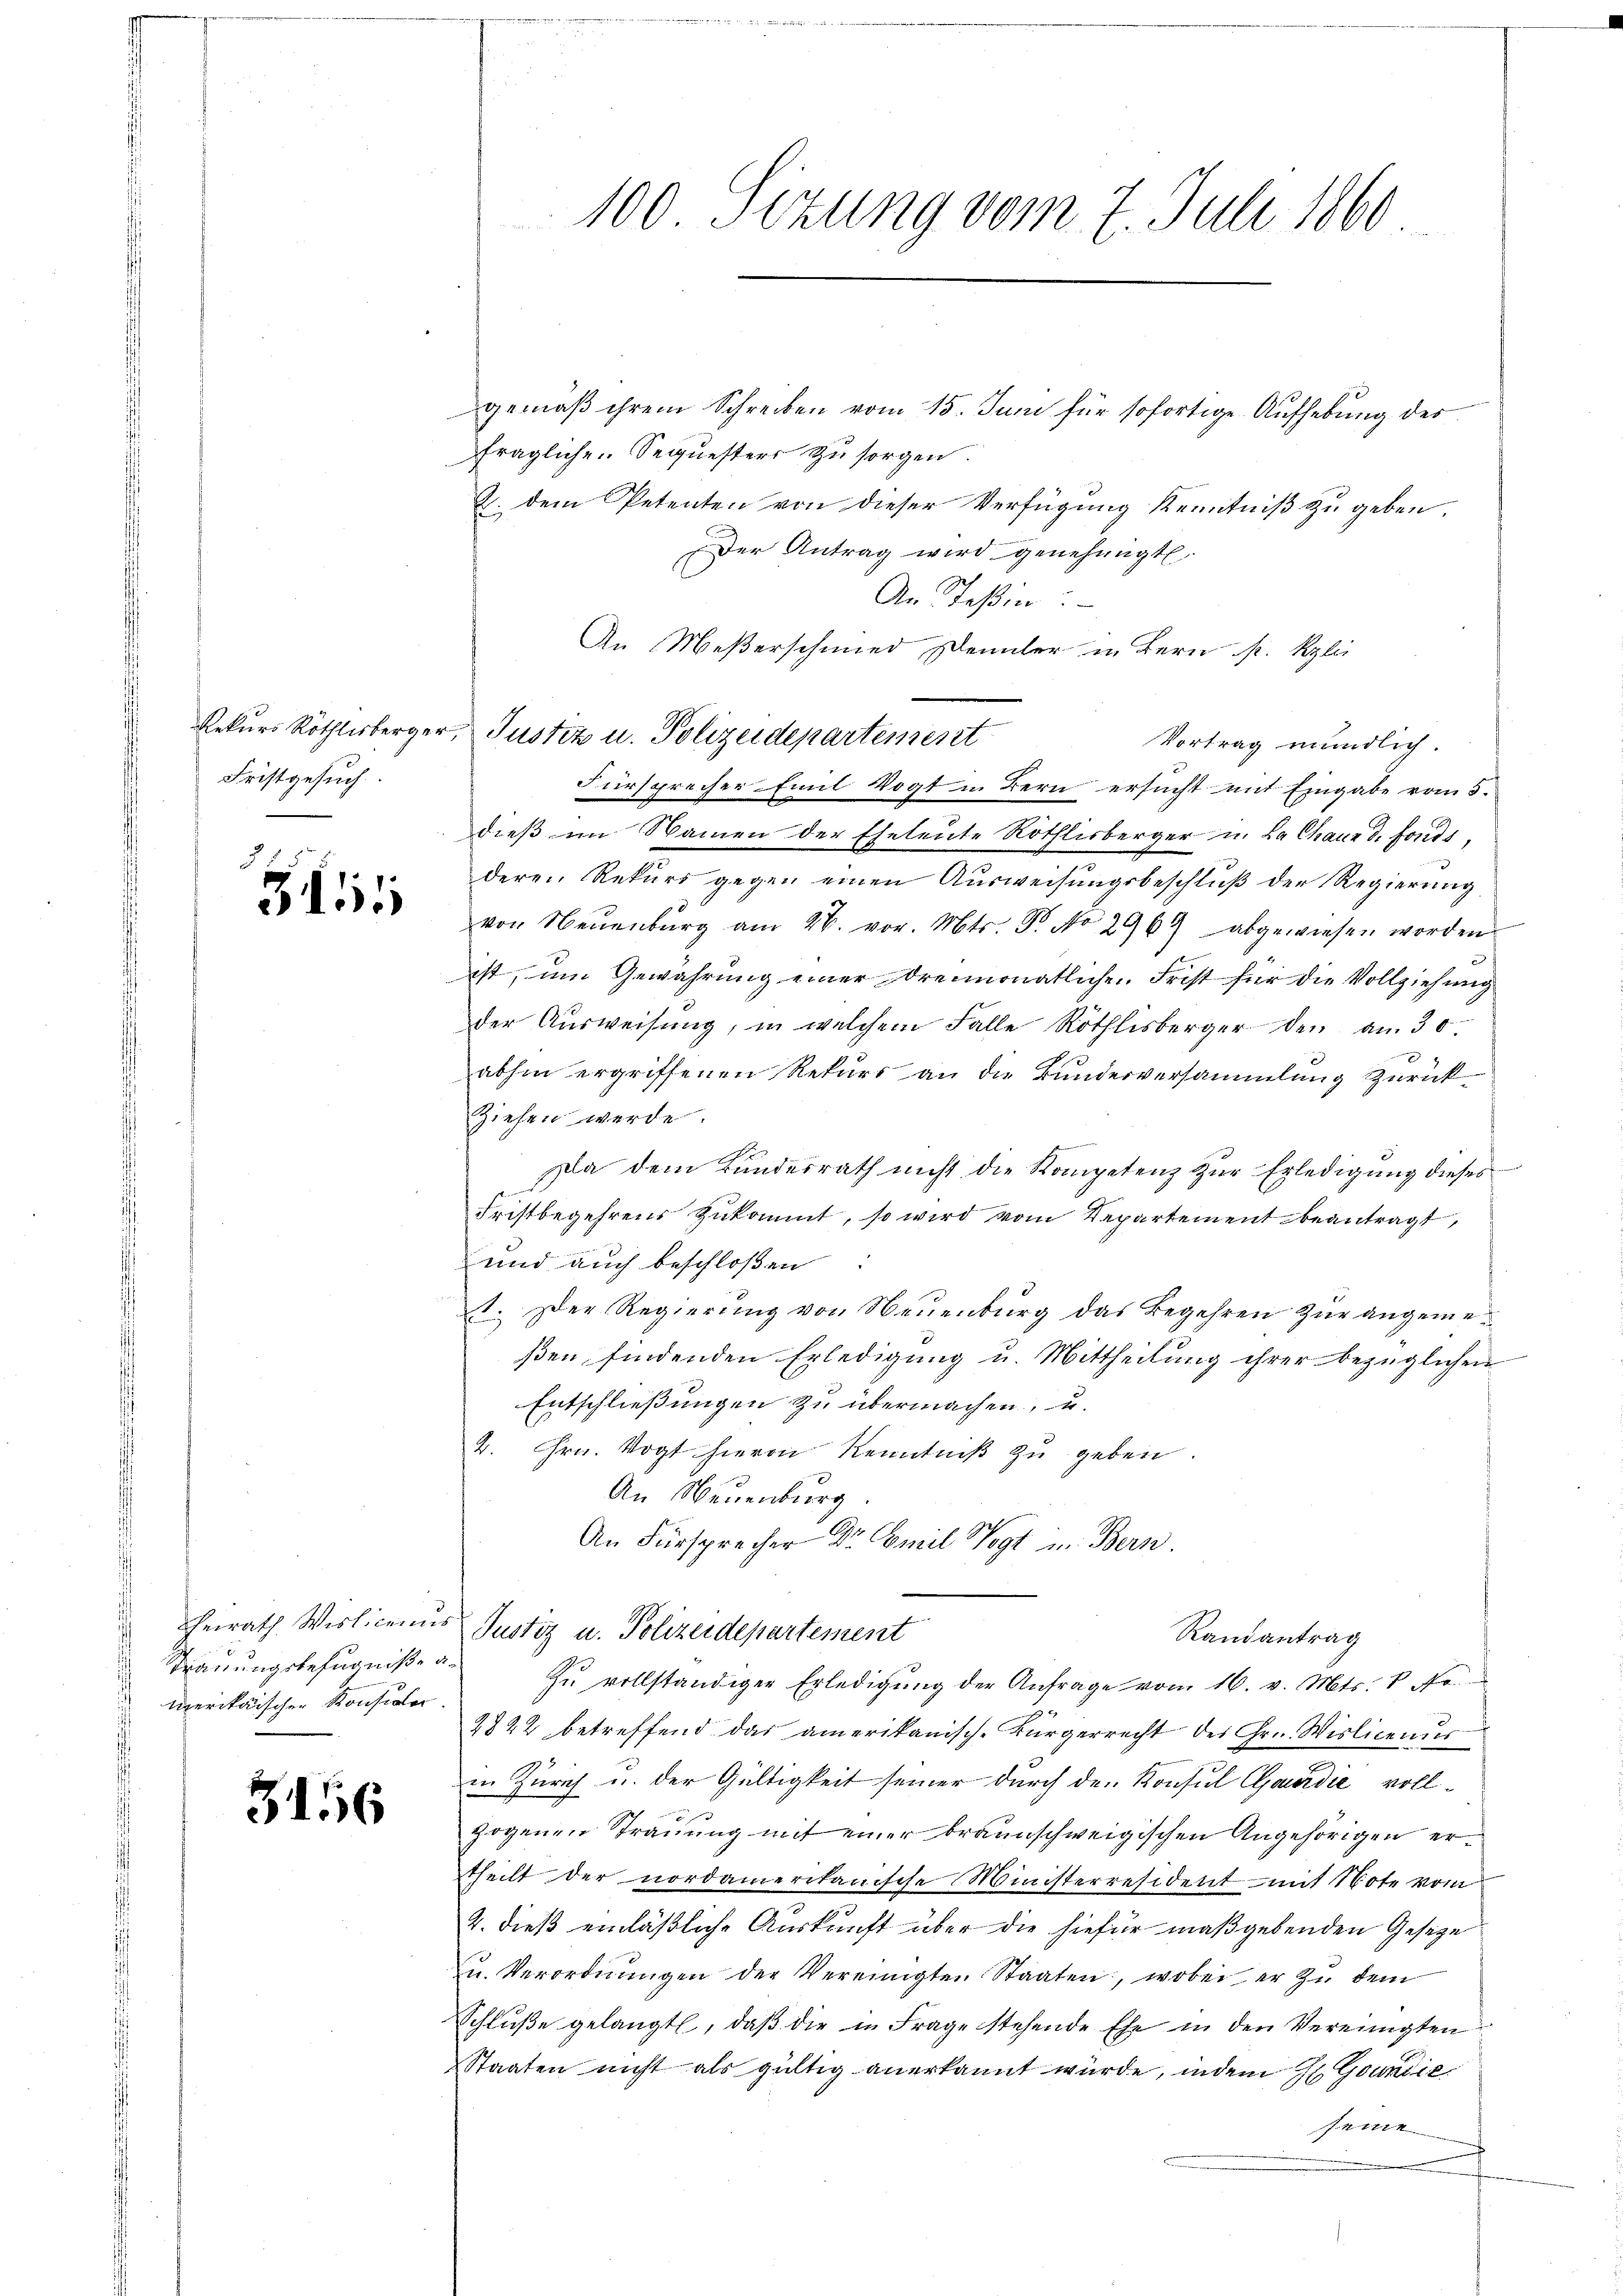
Fristgesuch

Bisi

Trauungsbefugniße a.
Uerikarischen Konsidler.

3156

gemäß ihrem Schreiben vom 15. Juni für sofortige Aufhebung des
fragliche Sequesters zu sorgen.
2. dem Petenten von dieser Verfügung Kenntniß zu geben
Der Antrag wird genehmigt.
An Teßin.
An Meßerschmied Kennter in Bern p. Kzlic
Vortrag mündlich.
Fürsprecher Emil Vogt in Bern ersucht mit Eingabe vom 5.
dieß im Namen der Eheleute Röthlisberger u. La Chaus d. Fonds,
deren Rekurs gegen einen Ausweisungsbeschluß der Regierung
von Neuenburg am 28. vor. Mts. Dr. No 2969 abgewiesen worden
ist, um Gewährung einer dreimonatlichen Frist für die Vollziehung
der Ausweisung, in welchem Falle Röthlisberger den am 30.
abhin ergriffenen Rekurs an die Bunderversammlung zurück
ziehen werde.
Da dem Kundesrath nicht die Kompetenz zur Erledigung dieses
Fristbegehrens zŭkommt, so wird vom Repartement beantragt,
und auch beschloßen
1. Der Regierung von Neuenburg das Begehren zur angemeßen findenden Erledigung u. Mittheilung ihrer bezüglichen
Entschließungen zu übermachen, u.
2. Hrn. Vogt hievon Kenntniß zu geben
An Neuenburg.
An Fürsprecher Dr Emil Vogt in Bern.
heirath Wislicanus Justiz u. Polizeidepartement
Randantrag
Zŭ vollständiger Erledigŭng der Anfrage vom 16. v. Mts. v. fr.
2822 betreffend das amerikanisch-Bürgerrecht des Gr. Wislicenus
in Zürich u. der Gültigkeit seiner durch den Konsul Caurdić vollzogenen Trauung mit einer braunschweigischen Angehörigen ertheilt der nordamerikanische Ministerresident - mit Note vom
2. dieß einläßliche Auskunft über die hiefür maßgebenden Gesetze
u. Verordnŭngen der Vereinigten Staaten, wobei er zŭ dem
Schluße gelangt, daß die in Frage stehende Ehe in den Vereinigten
Staaten nicht als gültig anerkannt wurde, indem zu Grundie
feine

Rekurs Röthlisberger, Justiz u. Polizeidepartement

100. Sezung vom 7. Juli 1860